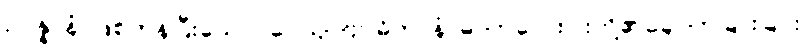
ဥပ္ပန္နာနံ၊ ဖြစ်ကုန်ပြီးသော။ ဝေယျာဗျာဓိကာနံ၊ ဓာတ်လေးပါးတို့၏ချောက်ခြားခြင်း